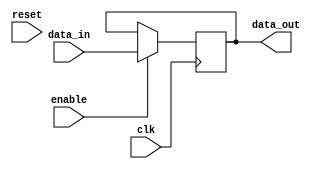
module IO_Buffer(
    input wire clk,
    input wire [7:0] data_in,
    output wire [7:0] data_out,
    input wire enable,
    input wire reset
);

    reg [7:0] buffer_reg;

    // High-speed buffer logic
    always @(posedge clk) begin
        if (enable) begin
            buffer_reg <= data_in;
        end
    end

    // Output buffer data
    assign data_out = buffer_reg;

endmodule